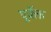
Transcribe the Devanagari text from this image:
पूर्वेक्त